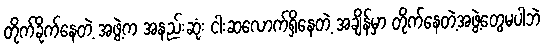
တိုက်ခိုက်နေတဲ့ အဖွဲ့က အနည်းဆုံး ငါးဆလောက်ရှိနေတဲ့ အချိန်မှာ တိုက်နေတဲ့အဖွဲ့တွေမပါဘဲ